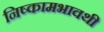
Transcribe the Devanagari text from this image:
निष्कामभावथी